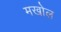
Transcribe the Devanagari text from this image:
मखोल